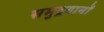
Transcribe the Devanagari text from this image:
समुद्रयानों